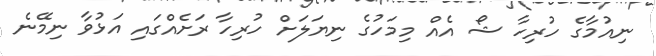
ނިއުމާގެ ހުރިހާ ޝޯ އެއް މިމަހުގެ ނިޔަލަށް ހުރިހާ ރަށެއްގައި އަޅުވާ ނިމޭނެ